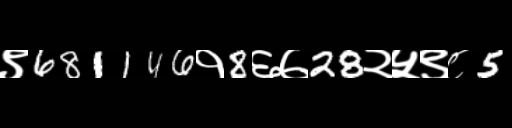
Text: ९681146१8६७28२५९८5